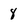
Character: 8